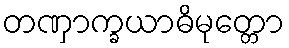
တဏှာက္ခယာဓိမုတ္တော